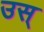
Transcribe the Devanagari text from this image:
उस्